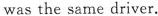
was the same driver.